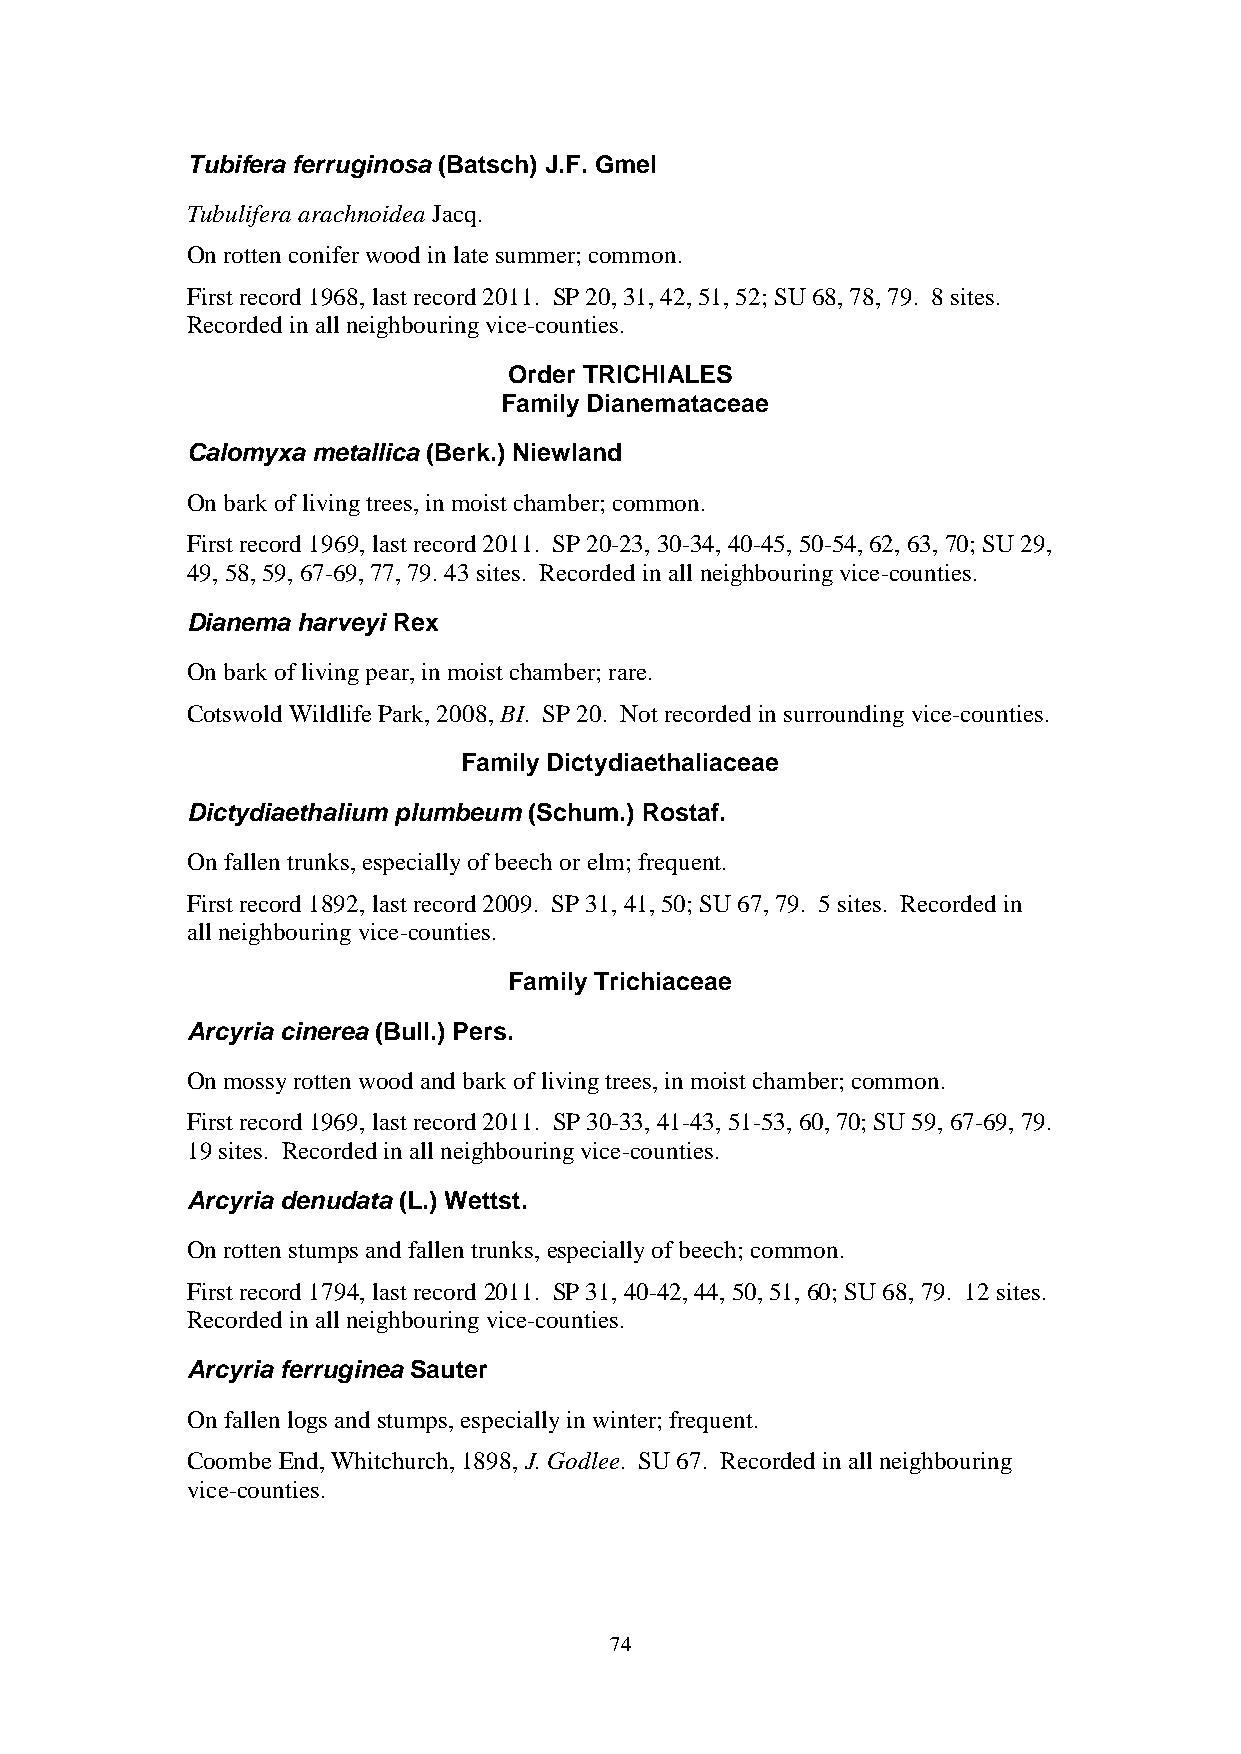
Tubifera ferruginosa (Batsch) J.F. Gmel
 Tubulifera arachnoidea Jacq.
 On rotten conifer wood in late summer; common.
 First record 1968, last record 2011. SP 20, 31, 42, 51, 52; SU 68, 78, 79. 8 sites.
 Recorded in all neighbouring vice-counties.
 Order TRICHIALES
 Family Dianemataceae
 Calomyxa metallica (Berk.) Niewland
 On bark of living trees, in moist chamber; common.
 First record 1969, last record 2011. SP 20-23, 30-34, 40-45, 50-54, 62, 63, 70; SU 29,
 49, 58, 59, 67-69, 77, 79. 43 sites. Recorded in all neighbouring vice-counties.
 Dianema harveyi Rex
 On bark of living pear, in moist chamber; rare.
 Cotswold Wildlife Park, 2008, BI. SP 20. Not recorded in surrounding vice-counties.
 Family Dictydiaethaliaceae
 Dictydiaethalium plumbeum (Schum.) Rostaf.
 On fallen trunks, especially of beech or elm; frequent.
 First record 1892, last record 2009. SP 31, 41, 50; SU 67, 79. 5 sites. Recorded in
 all neighbouring vice-counties.
 Family Trichiaceae
 Arcyria cinerea (Bull.) Pers.
 On mossy rotten wood and bark of living trees, in moist chamber; common.
 First record 1969, last record 2011. SP 30-33, 41-43, 51-53, 60, 70; SU 59, 67-69, 79.
 19 sites. Recorded in all neighbouring vice-counties.
 Arcyria denudata (L.) Wettst.
 On rotten stumps and fallen trunks, especially of beech; common.
 First record 1794, last record 2011. SP 31, 40-42, 44, 50, 51, 60; SU 68, 79. 12 sites.
 Recorded in all neighbouring vice-counties.
 Arcyria ferruginea Sauter
 On fallen logs and stumps, especially in winter; frequent.
 Coombe End, Whitchurch, 1898, J. Godlee. SU 67. Recorded in all neighbouring
 vice-counties.
 74